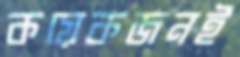
কয়েকজনই